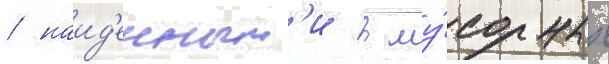
/ наид'енным'и в му́сорных